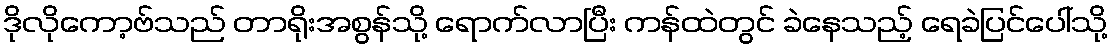
ဒိုလိုကော့ဗ်သည် တာရိုးအစွန်သို့ ရောက်လာပြီး ကန်ထဲတွင် ခဲနေသည့် ရေခဲပြင်ပေါ်သို့